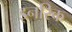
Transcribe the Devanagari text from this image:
इनरिक